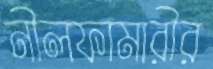
নীলফামারীর